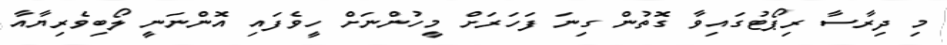
މި ދިރާސާ ރިޕޯޓުގައިވާ ގޮތުން ގިނަ ފަހަރަށް މީހުންނަށް ހީވެފައި އޮންނަނީ ލޯބިވެރިޔާއާ